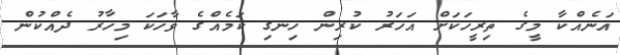
އަނެއްކާ މީގެ ތިރީހަކަށް އަހަރު ކުރިން ހިނގި ކަމެއްގެ ވާހަކަ މިހާރު ދެއްކުން